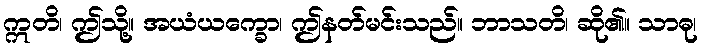
ဣတိ၊ ဤသို့။ အယံယက္ခော၊ ဤနတ်မင်းသည်။ ဘာသတိ၊ ဆို၏။ သာဓု၊